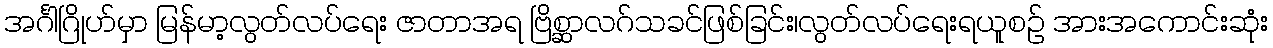
အင်္ဂါဂြိုဟ်မှာ မြန်မာ့လွတ်လပ်ရေး ဇာတာအရ ဗြိစ္ဆာလဂ်သခင်ဖြစ်ခြင်း၊လွတ်လပ်ရေးရယူစဉ် အားအကောင်းဆုံး